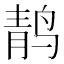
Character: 䴖